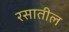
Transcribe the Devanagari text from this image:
रसातील